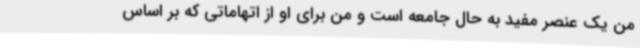
من یک عنصر مفید به حال جامعه است و من برای او از اتهاماتی که بر اساس